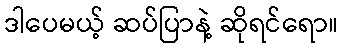
ဒါပေမယ့် ဆပ်ပြာနဲ့ ဆိုရင်ရော။